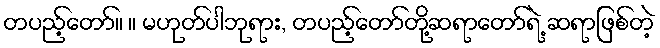
တပည့်တော်။ ။ မဟုတ်ပါဘုရား, တပည့်တော်တို့ဆရာတော်ရဲ့ ဆရာဖြစ်တဲ့